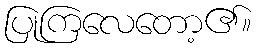
ပြုကြလေတော့၏။